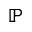
\mathbb { P }